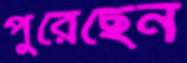
পুরেছেন